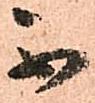
不